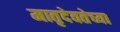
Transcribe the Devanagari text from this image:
मातृदेवतेच्या